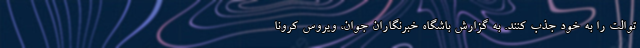
توالت را به خود جذب کنند. به گزارش باشگاه خبرنگاران جوان، ویروس کرونا